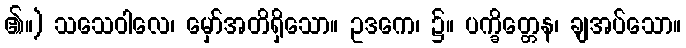
၏။) သသေဝါလေ၊ မှော်အတိရှိသော။ ဥဒကေ၊ ၌။ ပက္ခိတ္တေန၊ ချအပ်သော။